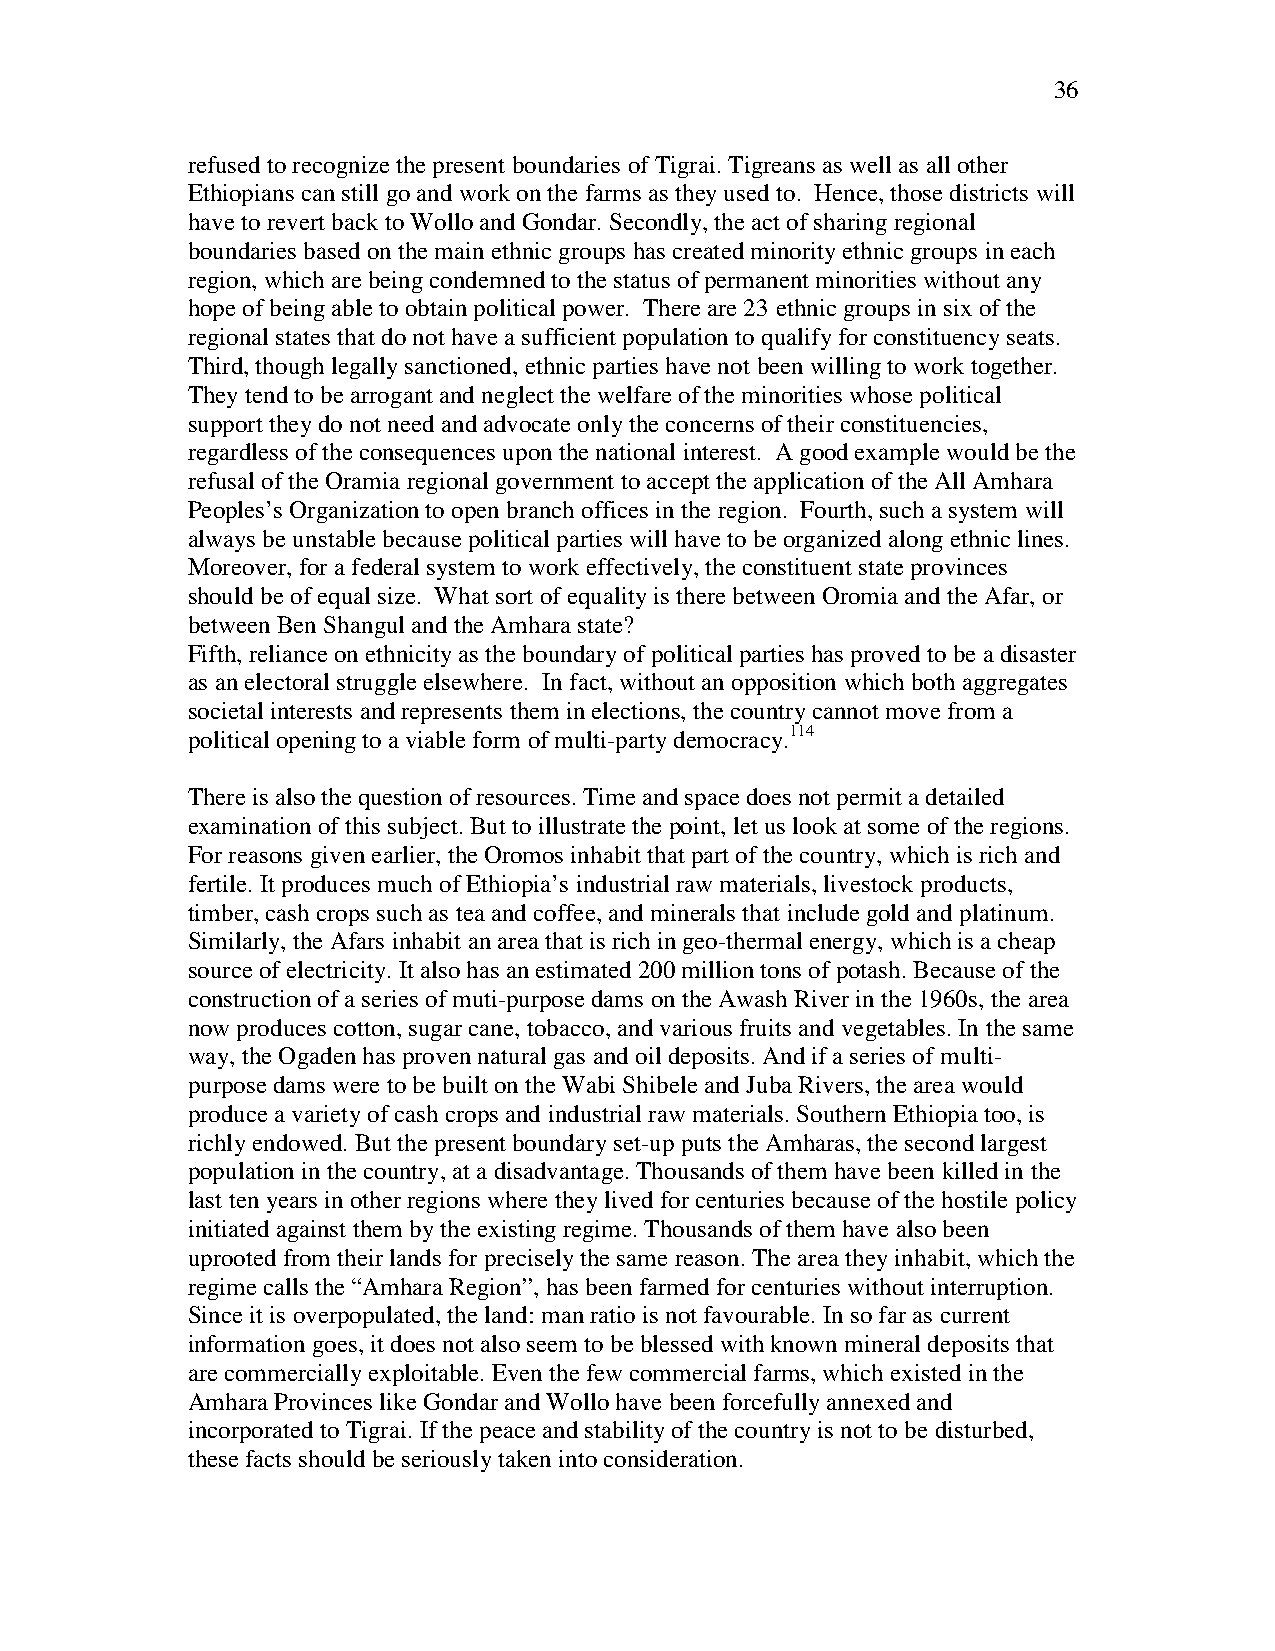
36
 refused to recognize the present boundaries of Tigrai. Tigreans as well as all other
 Ethiopians can still go and work on the farms as they used to. Hence, those districts will
 have to revert back to Wollo and Gondar. Secondly, the act of sharing regional
 boundaries based on the main ethnic groups has created minority ethnic groups in each
 region, which are being condemned to the status of permanent minorities without any
 hope of being able to obtain political power. There are 23 ethnic groups in six of the
 regional states that do not have a sufficient population to qualify for constituency seats.
 Third, though legally sanctioned, ethnic parties have not been willing to work together.
 They tend to be arrogant and neglect the welfare of the minorities whose political
 support they do not need and advocate only the concerns of their constituencies,
 regardless of the consequences upon the national interest. A good example would be the
 refusal of the Oramia regional government to accept the application of the All Amhara
 Peoples’s Organization to open branch offices in the region. Fourth, such a system will
 always be unstable because political parties will have to be organized along ethnic lines.
 Moreover, for a federal system to work effectively, the constituent state provinces
 should be of equal size. What sort of equality is there between Oromia and the Afar, or
 between Ben Shangul and the Amhara state?
 Fifth, reliance on ethnicity as the boundary of political parties has proved to be a disaster
 as an electoral struggle elsewhere. In fact, without an opposition which both aggregates
 societal interests and represents them in elections, the country cannot move from a
 political opening to a viable form of multi-party democracy.114
 There is also the question of resources. Time and space does not permit a detailed
 examination of this subject. But to illustrate the point, let us look at some of the regions.
 For reasons given earlier, the Oromos inhabit that part of the country, which is rich and
 fertile. It produces much of Ethiopia’s industrial raw materials, livestock products,
 timber, cash crops such as tea and coffee, and minerals that include gold and platinum.
 Similarly, the Afars inhabit an area that is rich in geo-thermal energy, which is a cheap
 source of electricity. It also has an estimated 200 million tons of potash. Because of the
 construction of a series of muti-purpose dams on the Awash River in the 1960s, the area
 now produces cotton, sugar cane, tobacco, and various fruits and vegetables. In the same
 way, the Ogaden has proven natural gas and oil deposits. And if a series of multi-
 purpose dams were to be built on the Wabi Shibele and Juba Rivers, the area would
 produce a variety of cash crops and industrial raw materials. Southern Ethiopia too, is
 richly endowed. But the present boundary set-up puts the Amharas, the second largest
 population in the country, at a disadvantage. Thousands of them have been killed in the
 last ten years in other regions where they lived for centuries because of the hostile policy
 initiated against them by the existing regime. Thousands of them have also been
 uprooted from their lands for precisely the same reason. The area they inhabit, which the
 regime calls the “Amhara Region”, has been farmed for centuries without interruption.
 Since it is overpopulated, the land: man ratio is not favourable. In so far as current
 information goes, it does not also seem to be blessed with known mineral deposits that
 are commercially exploitable. Even the few commercial farms, which existed in the
 Amhara Provinces like Gondar and Wollo have been forcefully annexed and
 incorporated to Tigrai. If the peace and stability of the country is not to be disturbed,
 these facts should be seriously taken into consideration.